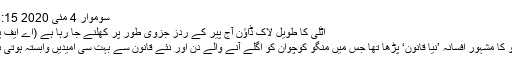
سوموار 4 مئی 2020 15:15
اٹلی کا طویل لاک ڈاؤن آج پیر کے ردز جزوی طور پر کھلنے جا رہا ہے (اے ایف پی)
منٹو کا مشہور افسانہ ’نیا قانون‘ پڑھا تھا جس میں منگو کوچوان کو اگلے آنے والے دن اور نئے قانون سے بہت سی امیدیں وابستہ ہوتی ہیں۔